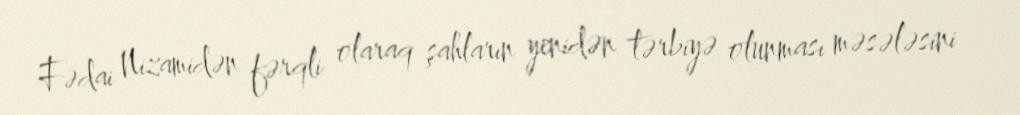
Fədai Nizamidən fərqli olaraq şahların yenidən tərbiyə olunması məsələsini